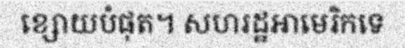
ខ្សោយបំផុត។ សហរដ្ឋអាមេរិកទេ